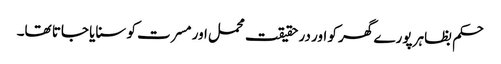
حکم بظاہر پورے گھر کو اور در حقیقت محمل اور مسرت کو سنایا جاتا تھا۔